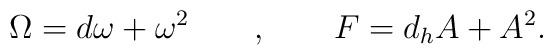
\Omega = d\omega + \omega^{2} \quad \quad , \quad \quad   F = d_{h}A + A^{2}.